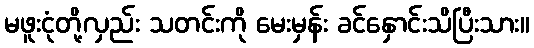
မဖူးငုံတို့လှည်း သတင်းကို မေးမှန်း ခင်နှောင်းသိပြီးသား။